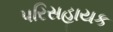
પરિસહાયક